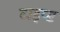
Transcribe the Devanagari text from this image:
टाइप्ड